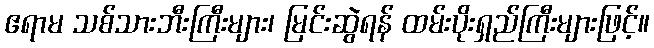
ဧရာမ သစ်သားဘီးကြီးများ၊ မြင်းဆွဲရန် ထမ်းပိုးရှည်ကြီးများဖြင့်။